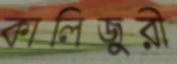
কালিজুরী